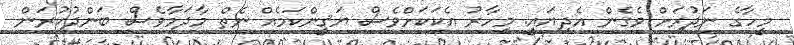
މީހާގެ ނަދުރަށް ވެގެން އެދިޔައީ. މިހާރު އެކަކަށްވެސް ޔަޤީންކަމެއް ނެތް މާދަމާވެސް ބަންދުކުރަން